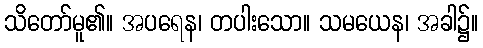
သိတော်မူ၏။ အပရေန၊ တပါးသော။ သမယေန၊ အခါ၌။